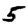
Digit: 5